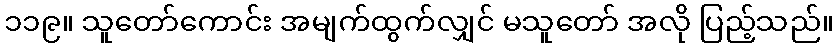
၁၁၉။ သူတော်ကောင်း အမျက်ထွက်လျှင် မသူတော် အလို ပြည့်သည်။